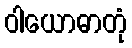
ဝါယောဓာတုံ